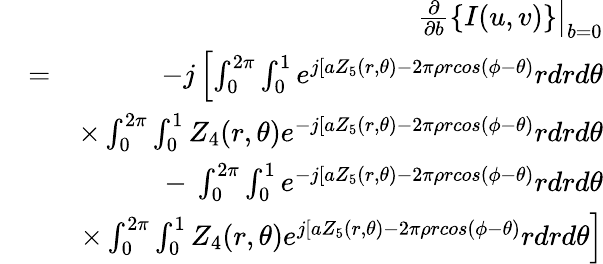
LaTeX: \begin{array}{rlr}&{}&{\left.\frac{\partial}{\partial b}\left\{ I(u,v)\right\} \right|_{b=0}}\\ &{=}&{-j\left[\int_{0}^{2\pi}\int_{0}^{1}e^{j[aZ_{5}(r,\theta)-2\pi\rho rcos(\phi-\theta)}rdrd\theta\right.}\\ &{}&{\times\int_{0}^{2\pi}\int_{0}^{1}Z_{4}(r,\theta)e^{-j[aZ_{5}(r,\theta)-2\pi\rho rcos(\phi-\theta)}rdrd\theta}\\ &{}&{-\: \int_{0}^{2\pi}\int_{0}^{1}e^{-j[aZ_{5}(r,\theta)-2\pi\rho rcos(\phi-\theta)}rdrd\theta}\\ &{}&{\times\left.\int_{0}^{2\pi}\int_{0}^{1}Z_{4}(r,\theta)e^{j[aZ_{5}(r,\theta)-2\pi\rho rcos(\phi-\theta)}rdrd\theta\right]}\end{array}